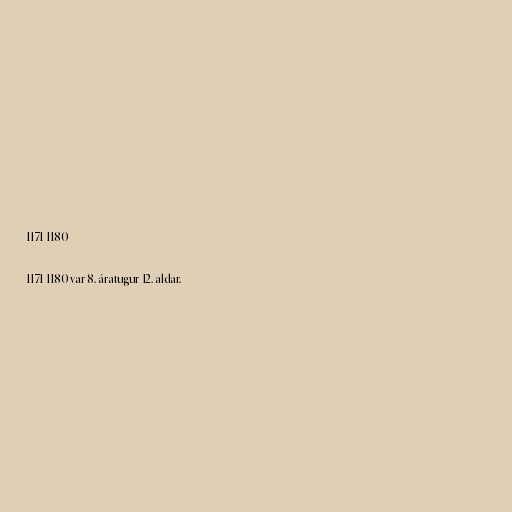
1171-1180

1171-1180 var 8. áratugur 12. aldar.